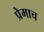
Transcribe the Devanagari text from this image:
प्रेमाच